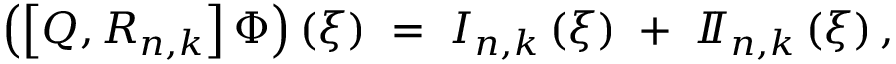
\left( \left[ Q , R _ { n , k } \right] \Phi \right) \left( \xi \right) \; = \; I _ { n , k } \left( \xi \right) \; + \; I \! \! I _ { n , k } \left( \xi \right) ,